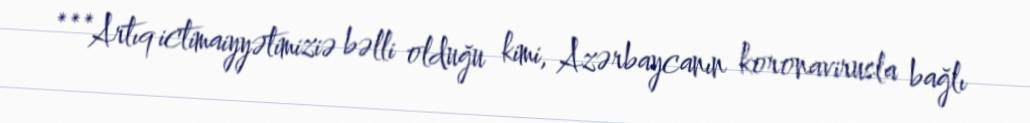
***Artıq ictimaiyyətimiziə bəlli olduğu kimi, Azərbaycanın koronavirusla bağlı